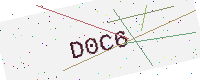
Text: D0C6